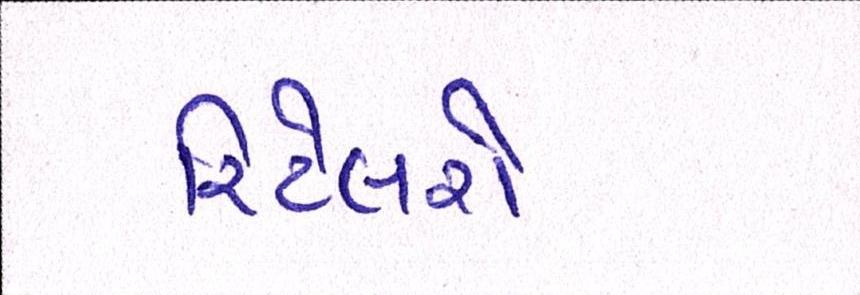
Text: રિટેલરો